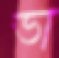
ভা